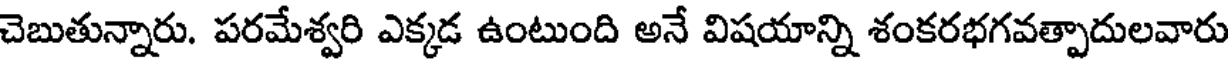
చెబుతున్నారు. పరమేశ్వరి ఎక్కడ ఉంటుంది అనే విషయాన్ని శంకరభగవత్పాదులవారు